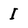
Character: I